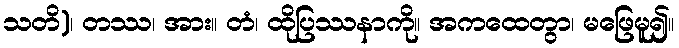
သတိ)၊ တဿ၊ အား။ တံ၊ ထိုပြဿနာကို။ အကထေတွာ၊ မဖြေမူ၍။